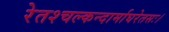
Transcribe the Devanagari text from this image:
रेतश्चल्कन्दार्माघरेतसः।